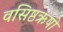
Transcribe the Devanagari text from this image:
वसिष्ठऋषी